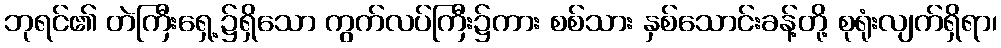
ဘုရင်၏ တဲကြီးရှေ့၌ရှိသော ကွက်လပ်ကြီး၌ကား စစ်သား နှစ်သောင်းခန့်တို့ စုရုံးလျက်ရှိရာ၊